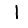
Digit: 1